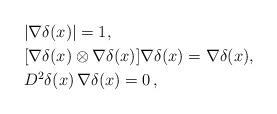
LaTeX: \begin{align*}& |\nabla \delta (x)| = 1, \\& [\nabla \delta(x) \otimes \nabla \delta(x)] \nabla \delta(x) = \nabla \delta(x),\\& D^2 \delta(x)\, \nabla \delta(x) = 0\, , \end{align*}